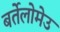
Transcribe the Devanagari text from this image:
बर्तेलोमेउ